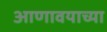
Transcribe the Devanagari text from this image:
आणावयाच्या